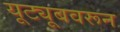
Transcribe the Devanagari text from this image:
यूट्यूबवरून